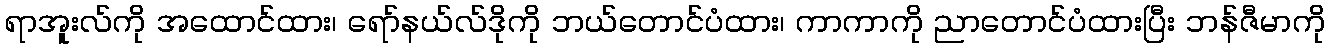
ရာအူးလ်ကို အထောင်ထား၊ ရော်နယ်လ်ဒိုကို ဘယ်တောင်ပံထား၊ ကာကာကို ညာတောင်ပံထားပြီး ဘန်ဇီမာကို